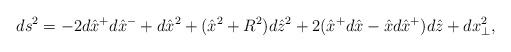
LaTeX: \begin{align*}ds^2=-2d\hat x^+d\hat x^- +d\hat x^2 +(\hat x^2 +R^2)d\hat z^2 +2(\hat x^+d\hat x -\hat x d\hat x^+)d\hat z +dx_{\perp}^2,\end{align*}